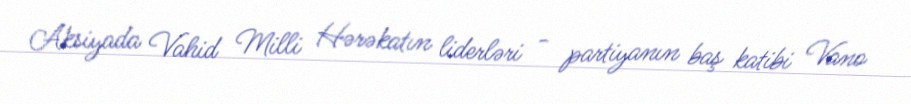
Aksiyada Vahid Milli Hərəkatın liderləri - partiyanın baş katibi Vano